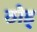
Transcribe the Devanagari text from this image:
ठोड्